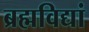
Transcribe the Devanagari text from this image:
ब्रह्मविद्यां